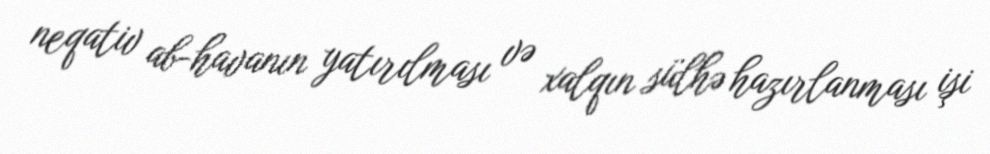
neqativ ab-havanın yatırılması və xalqın sülhə hazırlanması işi